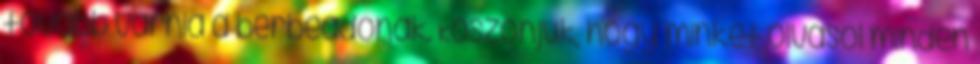
tovább várnia a bérbeadónak. Köszönjük, hogy minket olvasol minden